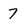
Character: 7